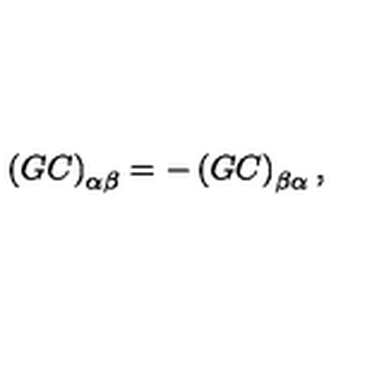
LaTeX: \left( G C \right) _ { \alpha \beta } = - \left( G C \right) _ { \beta \alpha } ,